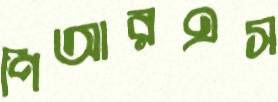
পিআরএস